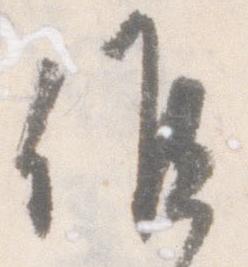
候